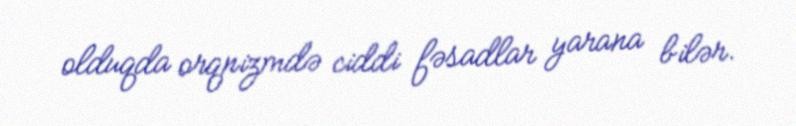
olduqda orqnizmdə ciddi fəsadlar yarana bilər.